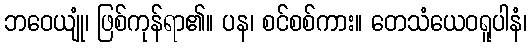
ဘဝေယျုံ၊ ဖြစ်ကုန်ရာ၏။ ပန၊ စင်စစ်ကား။ တေသံယေဝရူပါနံ၊